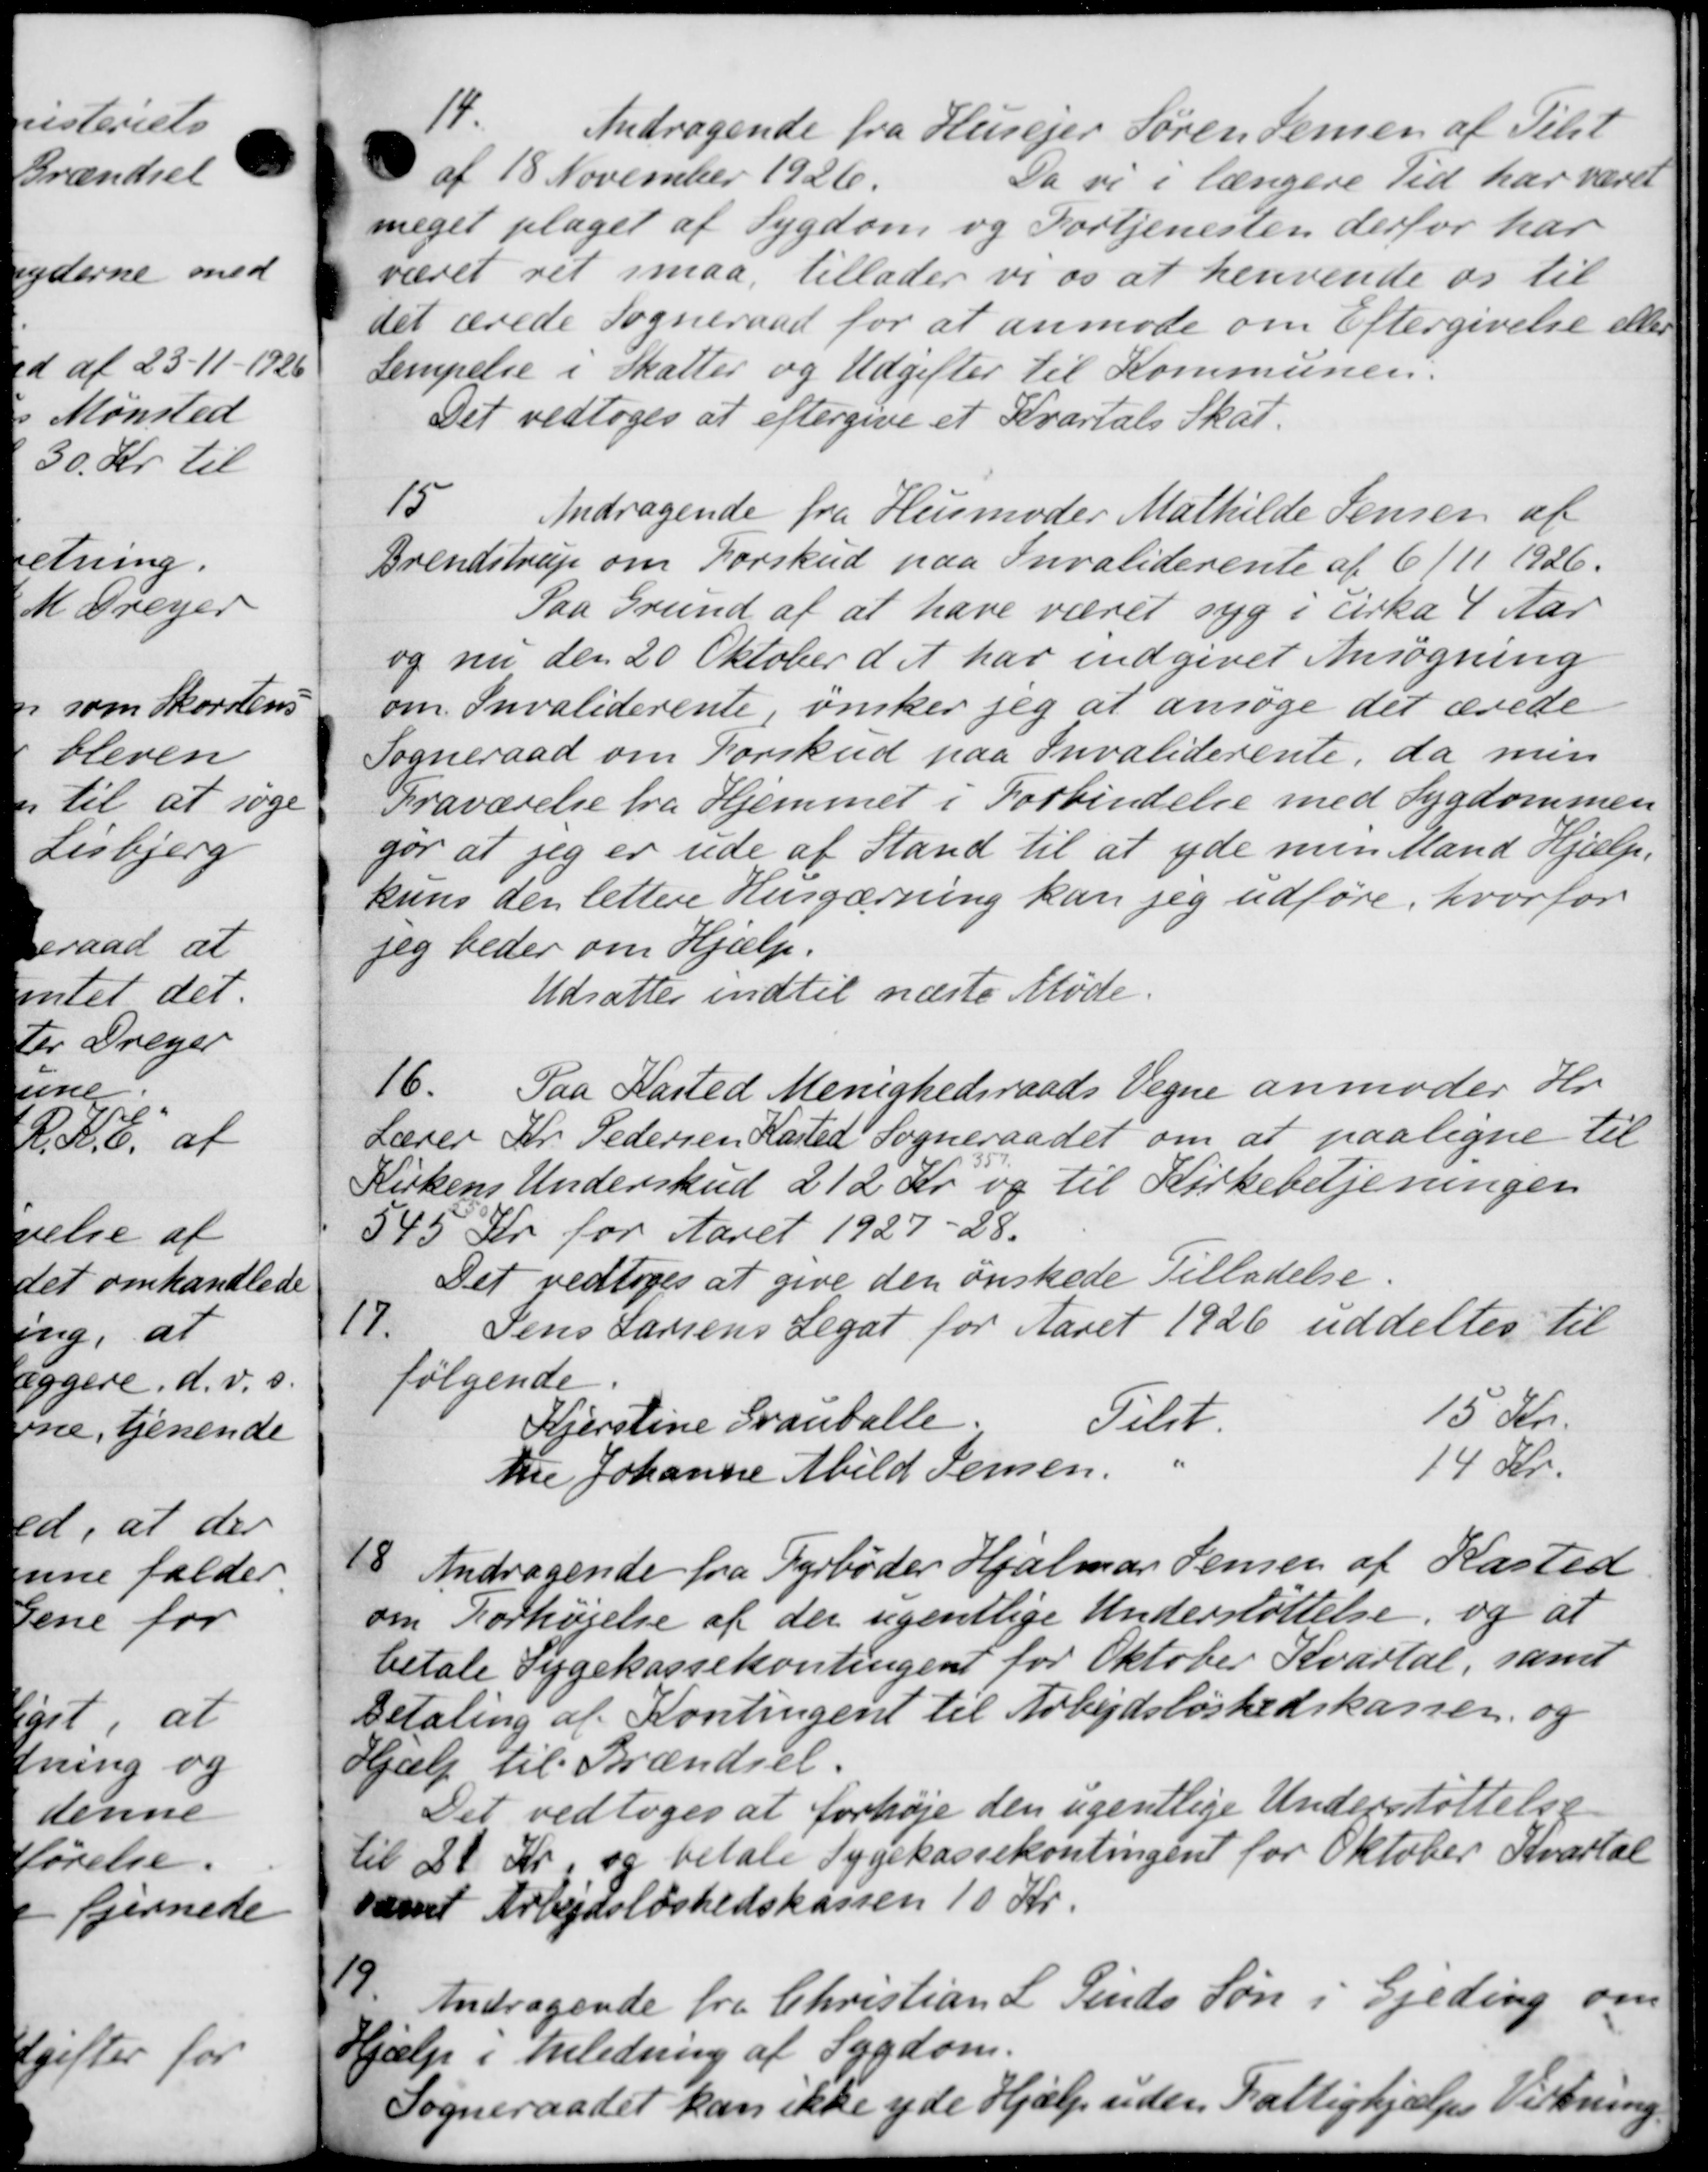
Transskription:
14.
Andragende fra Husejer Søren Jensen af Tilst
af 18 November 1926.
Da vi i længere Tid har været
meget plaget af Sygdom og Fortjenesten derfor har
været ret maa tillader vi os at henvende os til
det ærede Sogneraad for at anmode om Eftergivelse eller
Sempelse i Skatter og Udgifter til Kommunen.
Det vedtoges at eftergive et Kvartals Skat.
15
Andragende fra Husmoder Mathilde Jensen af
Brendstrup om Forskud paa Invaliderente af 6/11 1926.
Paa Grund af at have været syg i cirka 4 Aar
og nu den 20 Oktober d. A. har indgivet Ansøgning
om Invaliderente, ønsker jeg at ansøge det ærede
Sogneraad om Forskud paa Invaliderente, da min
Fraværelse fra Hjemmet i Forbindelse med Sygdommen
gør at jeg er ude af Stand til at yde men Mand Hjælp.
kuns den lettere Husgærning kan jeg udføre, hvorfor
jeg beder om Hjælp.
Udsattes indtil næste Møde.
16.
Paa Kasted Menighedsraads Vegne anmoder Hr.
Lærer Kr. Pedersen Kasted Sogneraadet om at paaligne til
Kirkens Underskud 212 Kr og til Kirkebetjeningen
545 Kr for Aaret 1927-28.
Det vedtoges at give den ønskede Tilladelse
17.
Jens Larsens Legat for Aaret 1926 uddeltes til
følgende.
Kjerstine Grauballe Tilst. 15 Kr.
te Johanne Abild Jensen. " 14 Kr.
18.
Andragende fra Fyrbøder Hjalmar Jensen af Kasted
om Forhøjelse af der ugentlige Understøttelse, og at
betale Sygekassekontingent for Oktober Kvartal, samt
Betaling af Kontingent til Arbejdsløshedskassen og
Hjælp til Brændsel.
Det vedtoges at forhøje den ugentlige Understøttelse
til 20 Kr og betale Sygekassekontingent for Oktober Kvartal
samt Arbejdsløshedskassen 10 Kr.
19.
Andragende fra Christian L. Finds Søn i Gjeding om
Hjælp i Anledning af Sygdom.
Sogneraadet kan ikke yde Hjælp uden Fattighjælps Virkning.